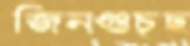
জিনগুচ্ছ